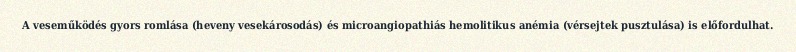
A veseműködés gyors romlása (heveny vesekárosodás) és microangiopathiás hemolitikus anémia (vérsejtek pusztulása) is előfordulhat.